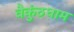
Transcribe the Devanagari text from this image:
वैकुंठधाम